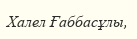
Халел Ғаббасұлы,